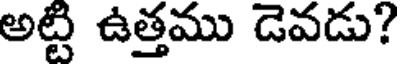
అట్టి ఉత్తము డెవడు?